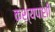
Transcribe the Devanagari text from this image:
कश्यपाशी